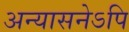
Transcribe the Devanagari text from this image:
अन्यासनेऽपि